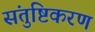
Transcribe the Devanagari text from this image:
संतुष्टिकरण